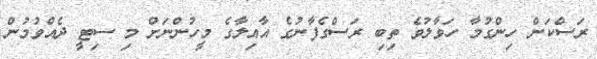
ރަސްކަން ހިންގުމާ ހަވާލުވެ ތިބި ރަސްގެފާނުގެ އާއިލާގެ މީހުންނަށް މި ސިޓީ ދެއްވުމުން